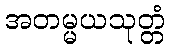
အတမ္မယသုတ္တံ